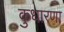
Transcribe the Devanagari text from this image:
कुधारणा